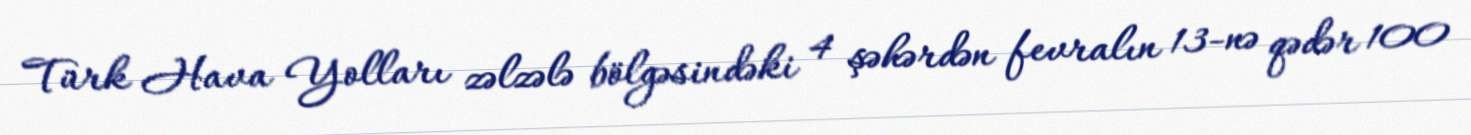
Türk Hava Yolları zəlzələ bölgəsindəki 4 şəhərdən fevralın 13-nə qədər 100